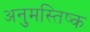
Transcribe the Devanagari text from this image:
अनुमस्तिष्‍क